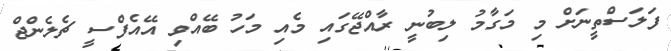
ފަލަސްތީނަށް މި މަގާމު ލިބުނީ ރާއްޖޭގައި މެއި މަހު ބޭއްވި އޭއެފްސީ ޗެލެންޖް